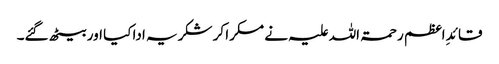
قائدِ اعظم رحمۃ اللہ علیہ نے مسکرا کر شکریہ ادا کیا اور بیٹھ گئے۔